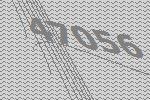
47056